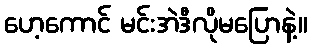
ဟေ့ကောင် မင်းအဲဒီလိုမပြောနဲ့။